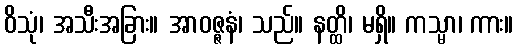
ဝိသုံ၊ အသီးအခြား။ အာဝဇ္ဇနံ၊ သည်။ နတ္ထိ၊ မရှိ။ ကသ္မာ၊ ကား။